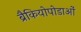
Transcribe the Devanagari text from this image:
ब्रैकियोपोडाओं